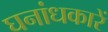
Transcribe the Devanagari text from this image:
घनांधकारें